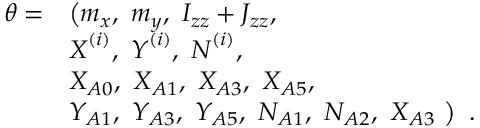
\begin{array} { r l } { \boldsymbol { \theta } = } & { \big ( m _ { x } , ~ m _ { y } , ~ I _ { z z } + J _ { z z } , ~ } \\ & { \boldsymbol { X } ^ { ( i ) } , ~ \boldsymbol { Y } ^ { ( i ) } , ~ \boldsymbol { N } ^ { ( i ) } , } \\ & { X _ { A 0 } , ~ X _ { A 1 } , ~ X _ { A 3 } , ~ X _ { A 5 } , } \\ & { Y _ { A 1 } , ~ Y _ { A 3 } , ~ Y _ { A 5 } , ~ N _ { A 1 } , ~ N _ { A 2 } , ~ X _ { A 3 } ~ \big ) \enspace . } \end{array}